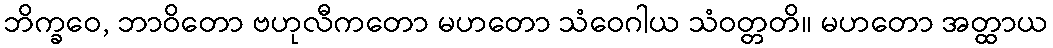
ဘိက္ခဝေ, ဘာဝိတော ဗဟုလီကတော မဟတော သံဝေဂါယ သံဝတ္တတိ။ မဟတော အတ္ထာယ